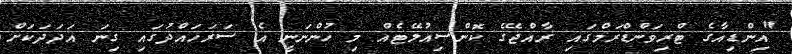
"އިންޑިއާގެ ޓްރިވަންޑްރަމްގައި ރާއްޖޭގެ ކޮންސިއުލޭޓެއް މި ހުންނަނީ އެ ސަރަހައްދުގައި ގިނަ އަދަދަކަށް